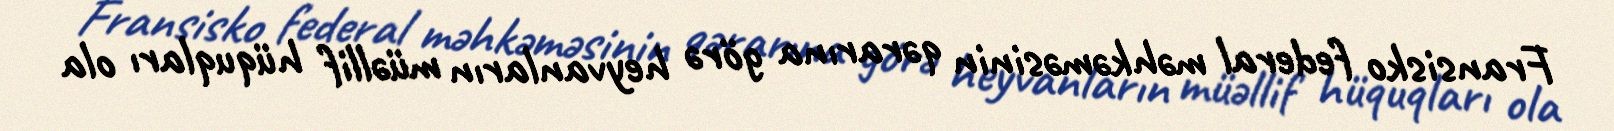
Fransisko federal məhkəməsinin qərarına görə heyvanların müəllif hüquqları ola